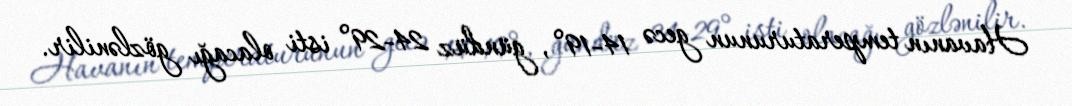
Havanın temperaturunun gecə 14-19°, gündüz 24-29° isti olacağı gözlənilir.